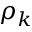
\rho _ { k }